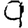
Digit: 9